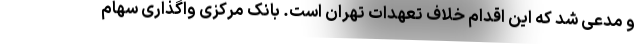
و مدعی شد که این اقدام خلاف تعهدات تهران است. بانک مرکزی واگذاری سهام